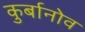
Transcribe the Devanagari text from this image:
कुर्बानोव